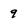
Character: 9